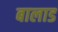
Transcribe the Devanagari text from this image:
बालाड